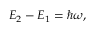
E _ { 2 } - E _ { 1 } = \hbar \omega ,